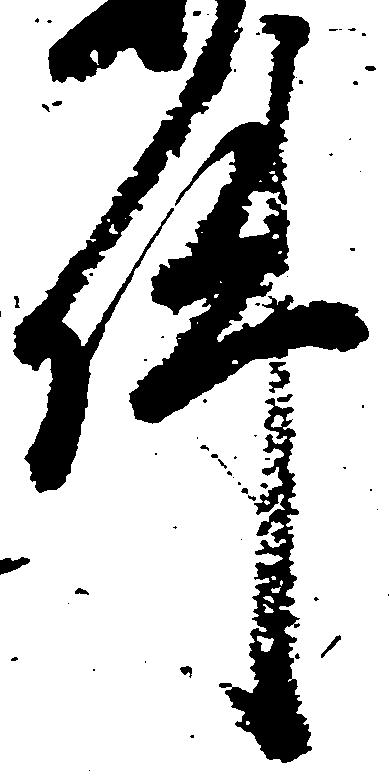
件